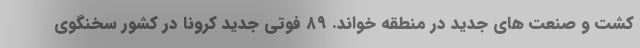
کشت و صنعت های جدید در منطقه خواند. ۸۹ فوتی جدید کرونا در کشور سخنگوی